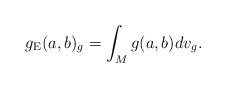
LaTeX: \begin{align*}g_\textup{E}( a, b)_{g} = \int_M g(a, b) dv_{g}.\end{align*}